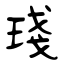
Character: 琖